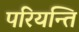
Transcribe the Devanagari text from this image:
परियन्ति